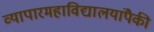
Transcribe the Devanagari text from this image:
व्यापारमहाविद्यालयांपैकी